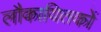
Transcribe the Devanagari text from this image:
लौकायितकों